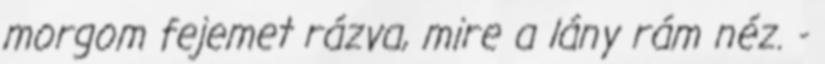
morgom fejemet rázva, mire a lány rám néz. -